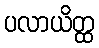
ပလာယိတ္ထ